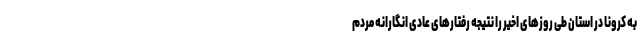
به کرونا در استان طی روزهای اخیر را نتیجه رفتارهای عادی انگارانه مردم